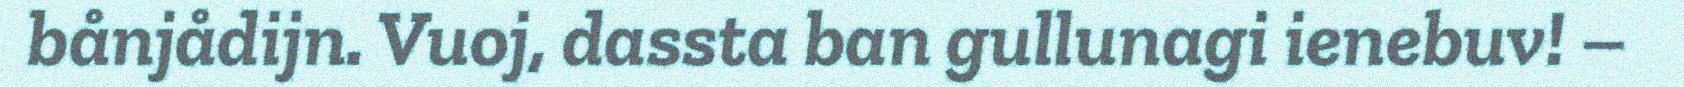
bånjådijn. Vuoj, dassta ban gullunagi ienebuv! –